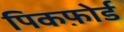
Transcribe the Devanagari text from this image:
पिकफ़ोर्ड